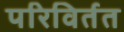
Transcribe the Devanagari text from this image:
परिविर्तत